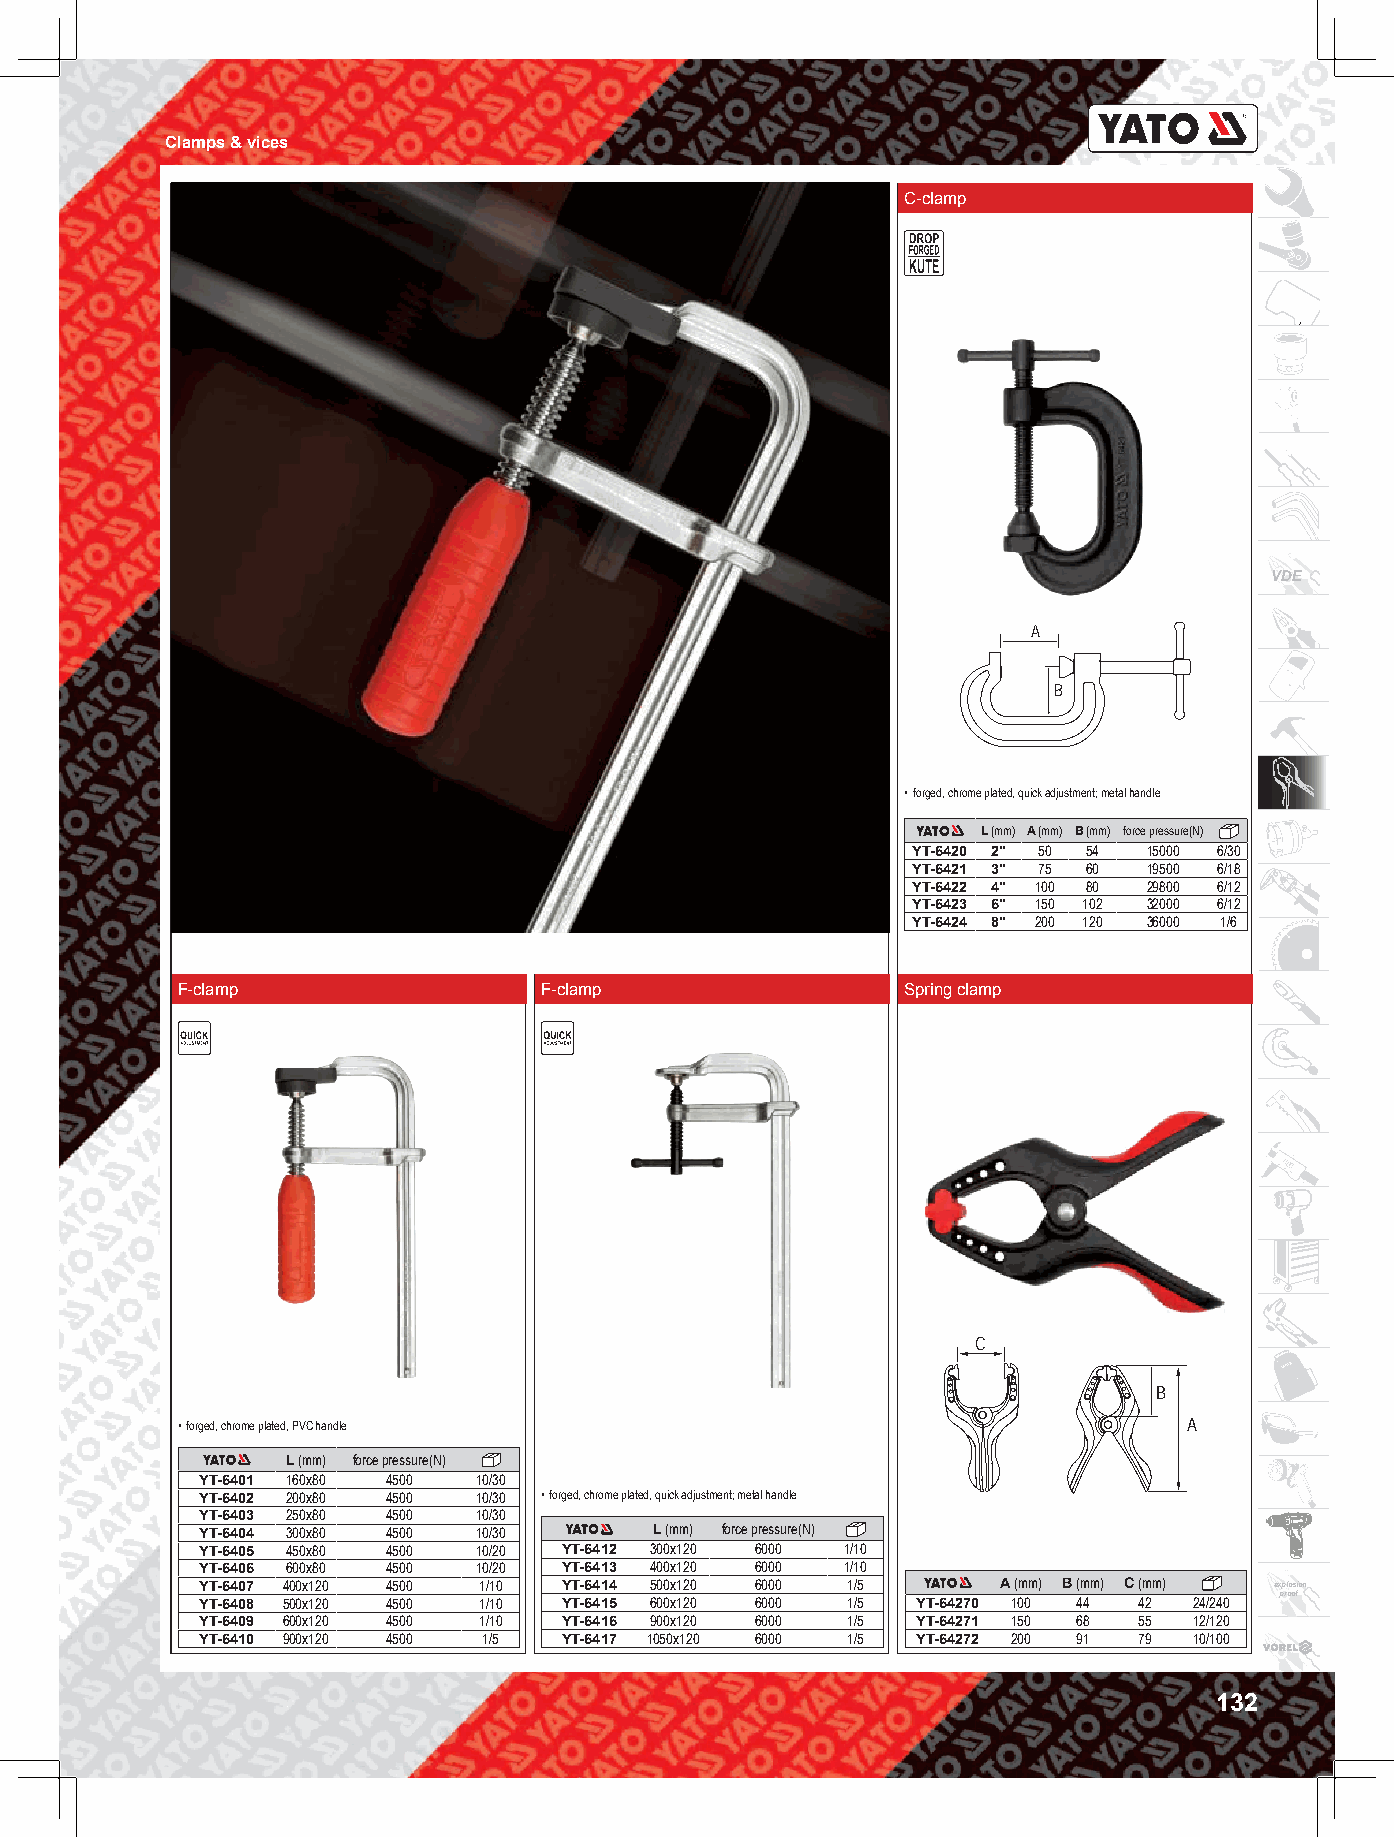
Clamps & vices
 C-clamp
 VDE
 A
 B
 • forged, chrome plated, quick adjustment; metal handle
 L (mm) A (mm) B (mm) force pressure(N)
 YT-6420 2" 50 54 15000 6/30
 YT-6421 3" 75 60 19500 6/18
 YT-6422 4" 100 80 29800 6/12
 YT-6423 6" 150 102 32000 6/12
 YT-6424 8" 200 120 36000 1/6
 F-clamp                 F-clamp                 Spring clamp
 C
 B
 • forged, chrome plated, PVC handle                                A
 L (mm) force pressure(N)
 YT-6401 160x80 4500 10/30
 YT-6402 200x80 4500 10/30 • forged, chrome plated, quick adjustment; metal handle
 YT-6403 250x80 4500 10/30
 YT-6404 300x80 4500 10/30     L (mm) force pressure(N)
 YT-6405 450x80 4500 10/20 YT-6412 300x120 6000 1/10
 YT-6406 600x80 4500 10/20 YT-6413 400x120 6000 1/10
 YT-6407 400x120 4500 1/10 YT-6414 500x120 6000 1/5   A (mm) B (mm) C (mm) explosion
 proof
 YT-6408 500x120 4500 1/10 YT-6415 600x120 6000 1/5 YT-64270 100 44 42 24/240
 YT-6409 600x120 4500 1/10 YT-6416 900x120 6000 1/5 YT-64271 150 68 55 12/120
 YT-6410 900x120 4500 1/5 YT-6417 1050x120 6000 1/5 YT-64272 200 91 79 10/100
 132